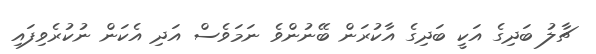
ޗާލު ބަދިގެ އަކީ ބަދިގެ އާކުރަން ބޭނުންވެ ނަމަވެސް އަދި އެކަން ނުކުރެވިފައި